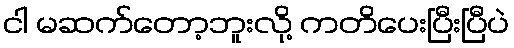
ငါ မဆက်တော့ဘူးလို့ ကတိပေးပြီးပြီပဲ